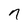
Character: 7